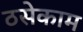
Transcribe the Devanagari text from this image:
ठसेकाम